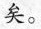
矣。